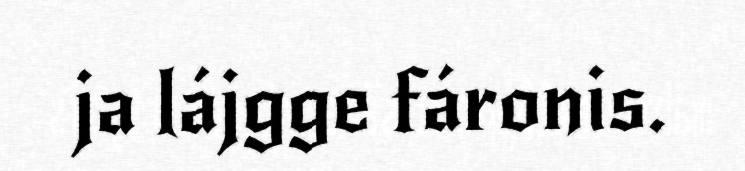
ja lájgge fáronis.